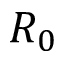
R _ { 0 }